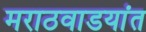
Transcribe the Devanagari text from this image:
मराठवाडयांत